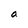
Character: a